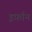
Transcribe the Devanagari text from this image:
इर्फ़ान